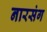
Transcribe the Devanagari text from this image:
नारसंग